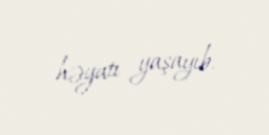
həyatı yaşayıb.